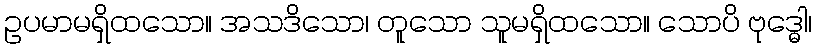
ဥပမာမရှိထသော။ အသဒိသော၊ တူသော သူမရှိထသော။ သောပိ ဗုဒ္ဓေါ၊